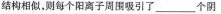
结构相似，则每个阳离子周围吸引了____个阴